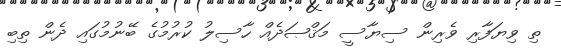
ތި ވިޔަފާރި ވެރިން ސިޔާސީ މަޤްޞަދެއް ހާސިލު ކުރުމުގެ ބޭނުމުގައި ދެން ތިބި